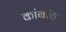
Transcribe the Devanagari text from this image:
कांबळॆ